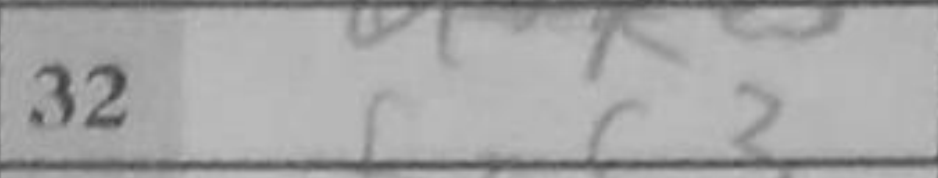
Transcription: fxc3